Report on the working of the Ranchi Indian Mental Hospital, Kanke, in Bihar and Orissa - 1930-1940
Year: 1930
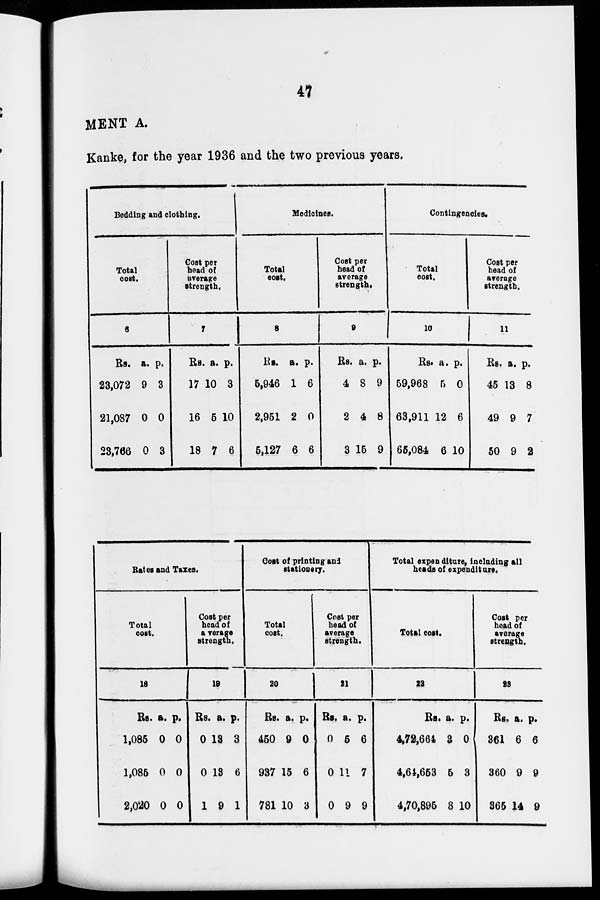
47
MENT A.
Kanke, for the year 1936 and the two previous years.
Bedding and clothing.
Total
cost.
6
Rs.
23,072
21,087
23,766
a.
9
0
0
p.
3
0
3
Cost per
head of
average
strength.
7
Rs.
17
16
18
a.
10
5
7
p.
3
10
6
Medicines.
Total
cost.
8
Rs.
5,946
2,951
5,127
a.
1
2
6
p.
6
0
6
Cost per
head of
average
strength.
9
Rs.
4
2
3
a.
8
4
15
p.
9
8
9
Contingencies.
Total
cost.
10
Rs.
59,968
63,911
65,084
a.
5
12
6
p.
0
6
10
Cost per
head of
average
strength.
11
Rs.
45
49
50
a.
13
9
9
p.
8
7
2
Rates and Taxes.
Total
cost.
18
Rs.
1,085
1,085
2,020
a.
0
0
0
p.
0
0
0
Cost per
head of
average
strength.
19
Rs.
0
0
1
a.
13
13
9
p.
3
6
1
Cost of printing and
stationery.
Total
cost.
20
Rs.
450
937
781
a.
9
15
10
p.
0
6
3
Cost per
head of
average
strength.
21
Rs.
0
0
0
a.
5
11
9
p.
6
7
9
Total expenditure, including all
heads of expenditure.
Total cost.
22
Rs.
4,72,664
4,64,653
4,70,895
a.
3
5
8
p.
0
3
10
Cost per
head of
average
strength.
23
Rs.
361
360
365
a.
6
9
14
p.
6
9
9